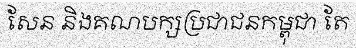
សែន និងគណបក្សប្រជាជនកម្ពុជា តែ